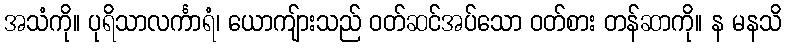
အသံကို။ ပုရိသာလင်္ကာရံ၊ ယောကျ်ားသည် ဝတ်ဆင်အပ်သော ဝတ်စား တန်ဆာကို။ န မနသိ